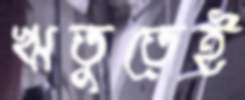
ঋতুতেই